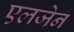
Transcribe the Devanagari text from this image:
एलजेन